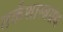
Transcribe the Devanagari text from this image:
तर्कशास्त्रग्रंथ